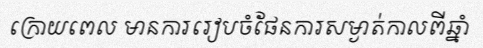
ក្រោយពេល មានការរៀបចំផែនការសម្ងាត់កាលពីឆ្នាំ